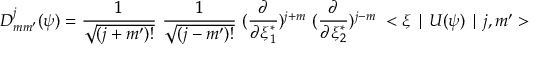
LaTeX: D _ { m m ^ { \prime } } ^ { j } ( \psi ) = \frac { 1 } { \sqrt { ( j + m ^ { \prime } ) ! } } ~ \frac { 1 } { \sqrt { ( j - m ^ { \prime } ) ! } } ~ ( \frac { \partial } { \partial \xi _ { 1 } ^ { * } } ) ^ { j + m } ~ ( \frac { \partial } { \partial \xi _ { 2 } ^ { * } } ) ^ { j - m } ~ < \xi \mid U ( \psi ) \mid j , m ^ { \prime } >